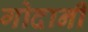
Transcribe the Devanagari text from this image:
गोदानी